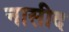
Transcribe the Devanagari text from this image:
नासीद